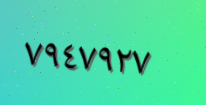
٧٩٤٧٩٢٧